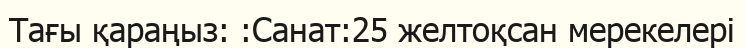
Тағы қараңыз: :Санат:25 желтоқсан мерекелері